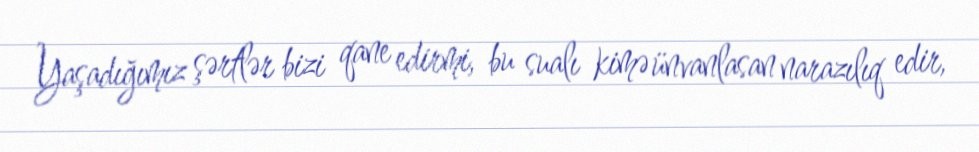
Yaşadığımız şərtlər bizi qane edirmi, bu sualı kimə ünvanlasan narazılıq edir,